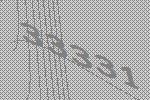
33331